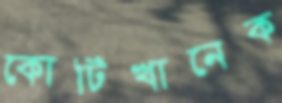
কোটিখানেক